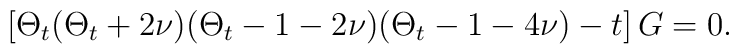
\left[ \Theta _t(\Theta _t+2\nu )(\Theta _t-1-2\nu )(\Theta _t-1-4\nu)-t\right] G=0.